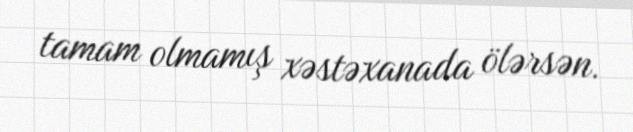
tamam olmamış xəstəxanada ölərsən.